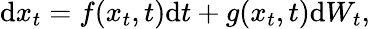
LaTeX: \mathrm{d}x_{t}=f(x_{t},t)\mathrm{d}t+g(x_{t},t)\mathrm{d}W_{t},